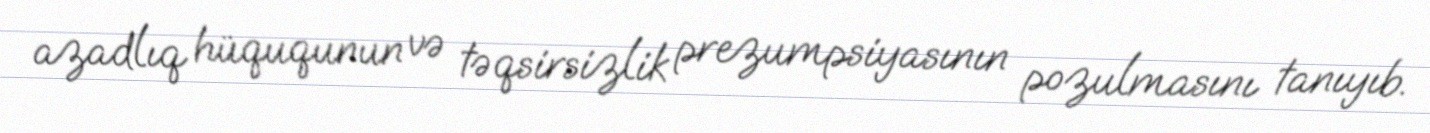
azadlıq hüququnun və təqsirsizlik prezumpsiyasının pozulmasını tanıyıb.